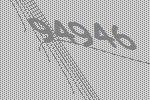
94946